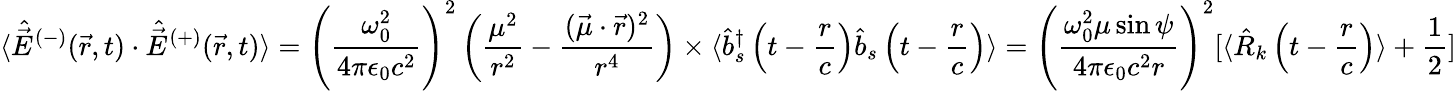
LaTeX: \langle{\hat{\vec{E}}}^{(-)}({\vec{r}},t)\cdot{\hat{\vec{E}}}^{(+)}({\vec{r}},t)\rangle=\left({\frac{\omega_{0}^{2}}{4\pi\epsilon_{0}c^{2}}}\right)^{2}\left({\frac{\mu^{2}}{r^{2}}}-{\frac{({\vec{\mu}}\cdot{\vec{r}})^{2}}{r^{4}}}\right)\times\langle{\hat{b}}_{s}^{\dagger}\left(t-{\frac{r}{c}}\right){\hat{b}}_{s}\left(t-{\frac{r}{c}}\right)\rangle=\left({\frac{\omega_{0}^{2}\mu\sin\psi}{4\pi\epsilon_{0}c^{2}r}}\right)^{2}[\langle{\hat{R}}_{k}\left(t-{\frac{r}{c}}\right)\rangle+{\frac{1}{2}}]